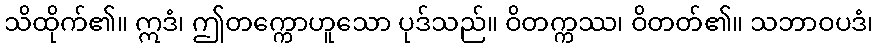
သိထိုက်၏။ ဣဒံ၊ ဤတက္ကောဟူသော ပုဒ်သည်။ ဝိတက္ကဿ၊ ဝိတတ်၏။ သဘာဝပဒံ၊